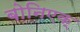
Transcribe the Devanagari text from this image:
बोनिएक्